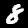
Label: 8